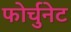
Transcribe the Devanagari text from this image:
फोर्चुनेट